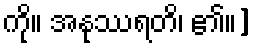
ကို။ အနုဿရတိ၊ ၏။]